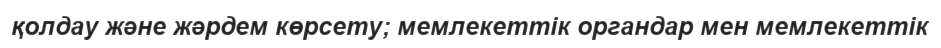
қолдау және жәрдем көрсету; мемлекеттік органдар мен мемлекеттік